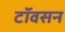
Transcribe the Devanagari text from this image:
टॉवसन